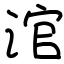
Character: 涫